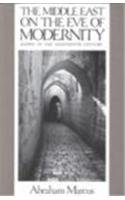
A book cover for The Middle East on the Eve of Modernity: Aleppo in the Eighteenth Century (Study of the Middle East Institute Ser); Abraham Marcus; History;